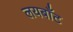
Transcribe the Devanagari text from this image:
लयबाँट